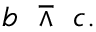
b \ \barwedge \ c .